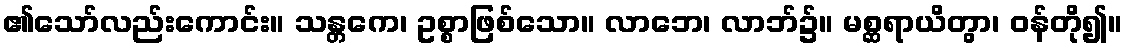
၏သော်လည်းကောင်း။ သန္တကေ၊ ဥစ္စာဖြစ်သော။ လာဘေ၊ လာဘ်၌။ မစ္ဆရာယိတွာ၊ ဝန်တို၍။